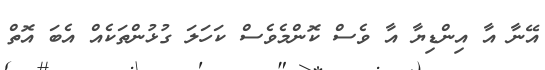
އޭނާ އާ އިންޑިޔާ އާ ވެސް ކޮންމެވެސް ކަހަލަ ގުޅުންތަކެއް އެބަ އޮތް